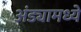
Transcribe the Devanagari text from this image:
अंड्यामध्ये